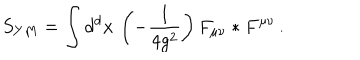
LaTeX: S _ { Y M } = \int d ^ { d } x \, \left( - \frac { 1 } { 4 g ^ { 2 } } \right) F _ { \mu \nu } * F ^ { \mu \nu } \, .